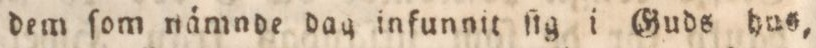
dem ſom nämnde dag infunnit ſig i Guds hus,